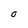
Character: O